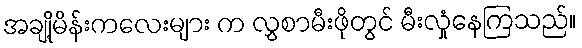
အချို့မိန်းကလေးများ က လွှစာမီးဖိုတွင် မီးလှုံနေကြသည်။